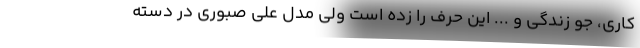
کاری، جو زندگی و ... این حرف را زده است ولی مدل علی صبوری در دسته